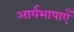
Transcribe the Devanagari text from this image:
आर्यभाषाएँ